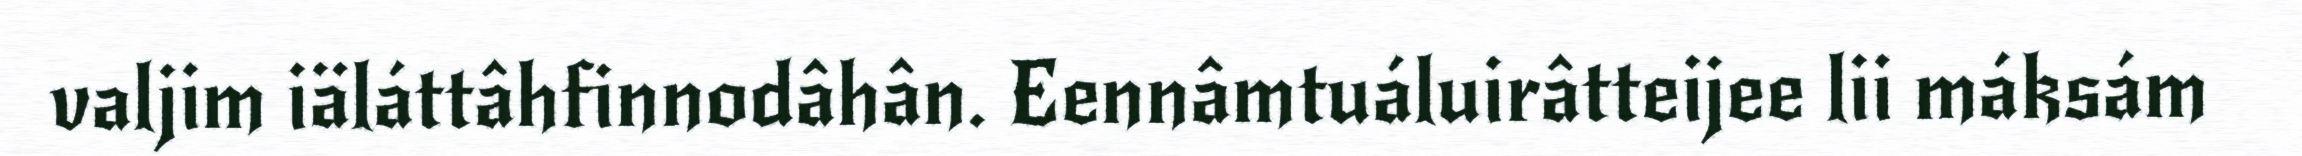
valjim iäláttâhfinnodâhân. Eennâmtuáluirâtteijee lii máksám